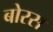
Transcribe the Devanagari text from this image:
बोरस